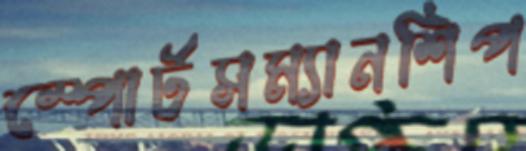
স্পোর্টসম্যানশিপ